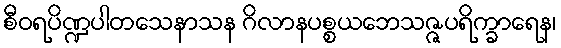
စီဝရပိဏ္ဍပါတသေနာသန ဂိလာနပစ္စယဘေသဇ္ဇပရိက္ခာရေန၊